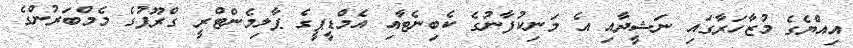
އިއްޔެގެ މުޒާހަރާގައި ނަޝީދާއި އެ މަނިކުފާނުގެ ކެބިނެޓާއި އެމްޑީޕީގެ ޕާލިމެންޓްރީ ގްރޫޕުގެ މެމްބަރުންގެ